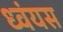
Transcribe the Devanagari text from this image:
ध्वंयस